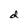
Character: d